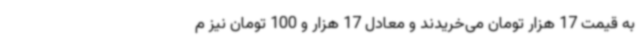
به قیمت 17 هزار تومان می‌خریدند و معادل 17 هزار و 100 تومان نیز م